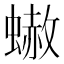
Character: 𧐭